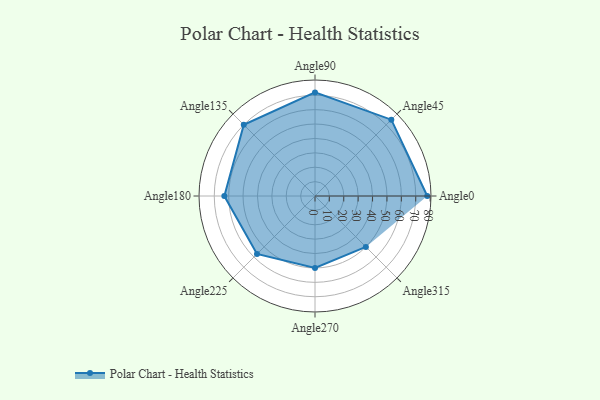
{"axis": {"x": "Angle", "y": "Radius"}, "legend": [""], "data": [{"x": "Angle0", "y": 78.0, "type": ""}, {"x": "Angle45", "y": 75.0, "type": ""}, {"x": "Angle90", "y": 72.0, "type": ""}, {"x": "Angle135", "y": 70.0, "type": ""}, {"x": "Angle180", "y": 63.0, "type": ""}, {"x": "Angle225", "y": 57.0, "type": ""}, {"x": "Angle270", "y": 50.0, "type": ""}, {"x": "Angle315", "y": 50, "type": ""}]}